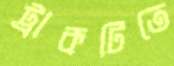
ট্রাকটিতে